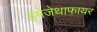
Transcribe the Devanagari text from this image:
इमेजेथाफायर